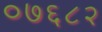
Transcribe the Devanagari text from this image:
०७६८२